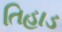
તિહાડ